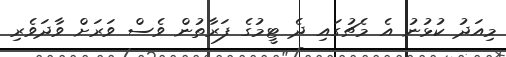
މިއަދު ކުޅުނު އެ މެޗުގައި ދެ ޓީމުގެ ފަރާތުން ވެސް ވަރަށް ވާދަވެރި